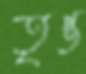
তৃপ্ত